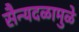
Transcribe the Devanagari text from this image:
सैन्यदळामुळे